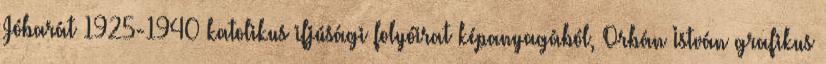
Jóbarát 1925-1940 katolikus ifjúsági folyóirat képanyagából, Orbán István grafikus